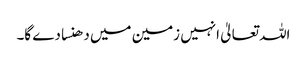
اللہ تعالیٰ انہیں زمین میں دھنسا دے گا۔